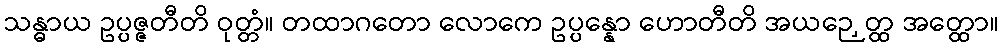
သန္ဓာယ ဥပ္ပဇ္ဇတီတိ ဝုတ္တံ။ တထာဂတော လောကေ ဥပ္ပန္နော ဟောတီတိ အယဉှေတ္ထ အတ္ထော။